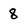
Character: 8